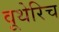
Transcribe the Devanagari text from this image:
वूथेरिच